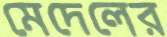
মেদেলের